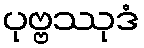
ပုဗ္ဗဿုဒံ